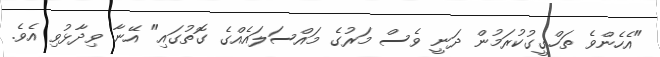
"އެހެންވެ ތަހްގީގުކުރަމުން ދަނީ ވެސް މަރުގެ މައްސަލައެއްގެ ގޮތުގައި" އޭނާ ވިދާޅުވި އެވެ.